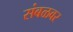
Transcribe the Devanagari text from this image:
संबळवर